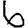
Digit: 6